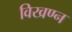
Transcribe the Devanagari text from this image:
विखण्न